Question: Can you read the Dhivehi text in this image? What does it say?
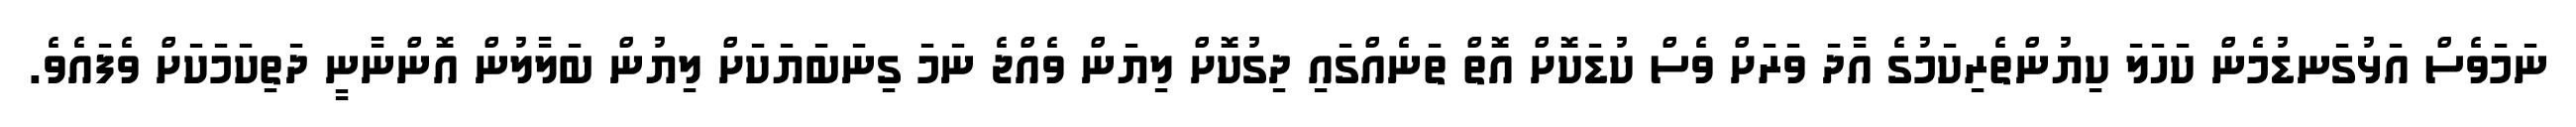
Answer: ނަމަވެސް އަޅުގަނޑުމެން ކަހަލަ ކިޔުންތެރިކަމުގެ އާދަ ވަރަށް ވެސް ކުޑަކޮށް އޮތް ތަނެއްގައި ދިގުކޮށް ލިޔަން ވެއްޖެ ނަމަ ގިނަބަޔަކަށް ލިޔުން ބަލާލުން އޮންނާނީ ދަތިކަމަކަށް ވެފައެވެ.